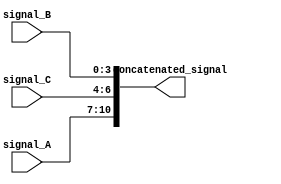
module concatenation_example (
    input [3:0] signal_A,
    input [3:0] signal_B,
    input [2:0] signal_C,
    output [10:0] concatenated_signal
);

assign concatenated_signal = {signal_A, signal_C, signal_B};

endmodule